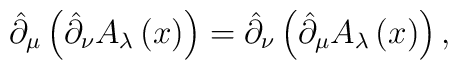
\hat{\partial}_{\mu }\left( \hat{\partial}_{\nu }A_{\lambda }\left( x\right)\right) =\hat{\partial}_{\nu }\left( \hat{\partial}_{\mu }A_{\lambda }\left(x\right) \right) ,